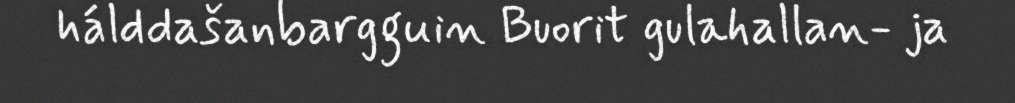
hálddašanbargguin Buorit gulahallan- ja